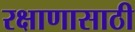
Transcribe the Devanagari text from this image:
रक्षाणासाठी